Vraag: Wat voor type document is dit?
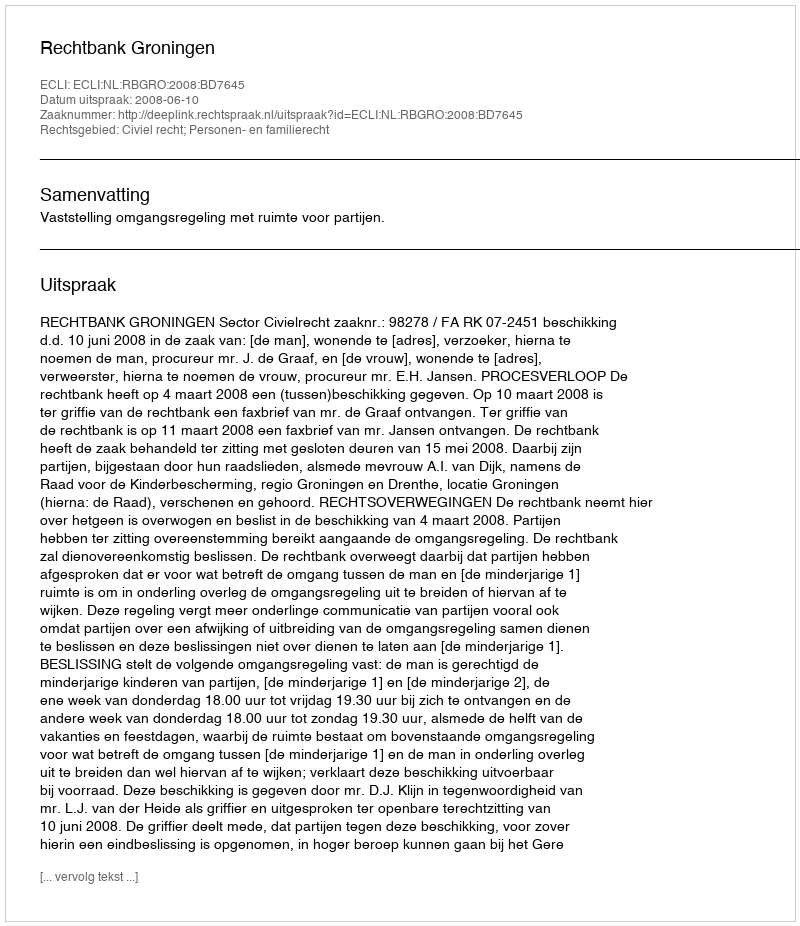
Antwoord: Uitspraak